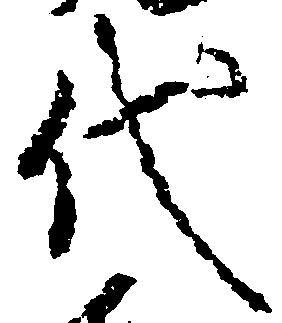
代